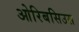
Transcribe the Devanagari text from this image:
ओरिबसिउस